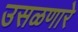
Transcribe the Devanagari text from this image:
उसळणारे